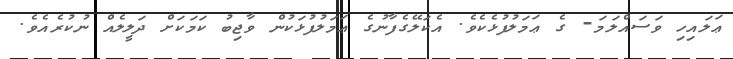
ޢަލައިހި ވަސައްލަމަ- ގެ ޢަމަލުފުޅެކެވެ. އެކަލޭގެފާނުގެ ޢަމަލުފުޅަކުން ވާޖިބު ކަމަކަށް ދަލީލެއް ނުކުރެއެވެ.